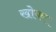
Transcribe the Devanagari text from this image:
खोपर